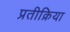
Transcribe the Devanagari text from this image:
प्रतीक्रिया